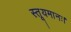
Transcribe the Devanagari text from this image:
स्तूयमानः।